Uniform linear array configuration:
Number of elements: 12
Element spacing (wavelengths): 1
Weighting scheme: kaiser
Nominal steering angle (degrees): -60
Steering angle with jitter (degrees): -60.255
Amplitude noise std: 0.05
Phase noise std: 0.05

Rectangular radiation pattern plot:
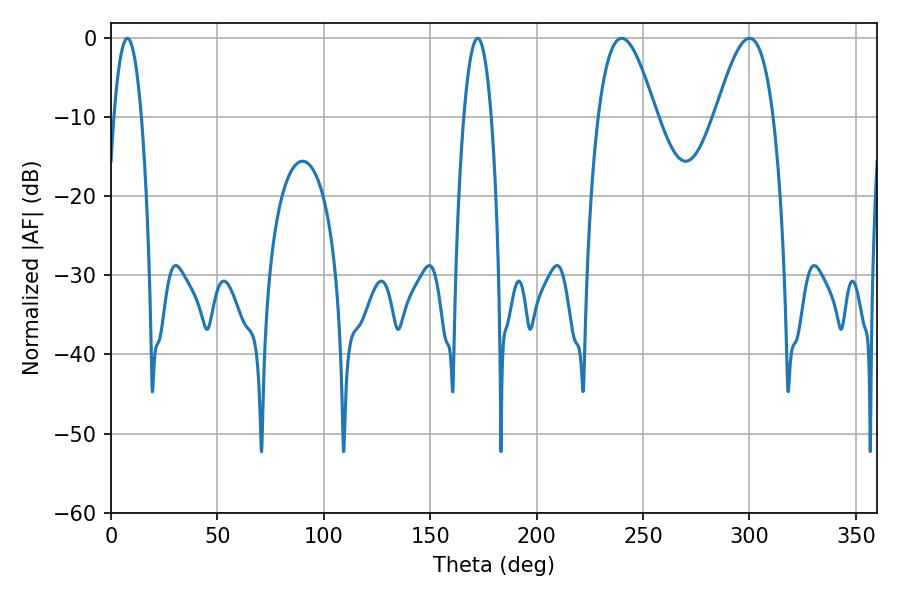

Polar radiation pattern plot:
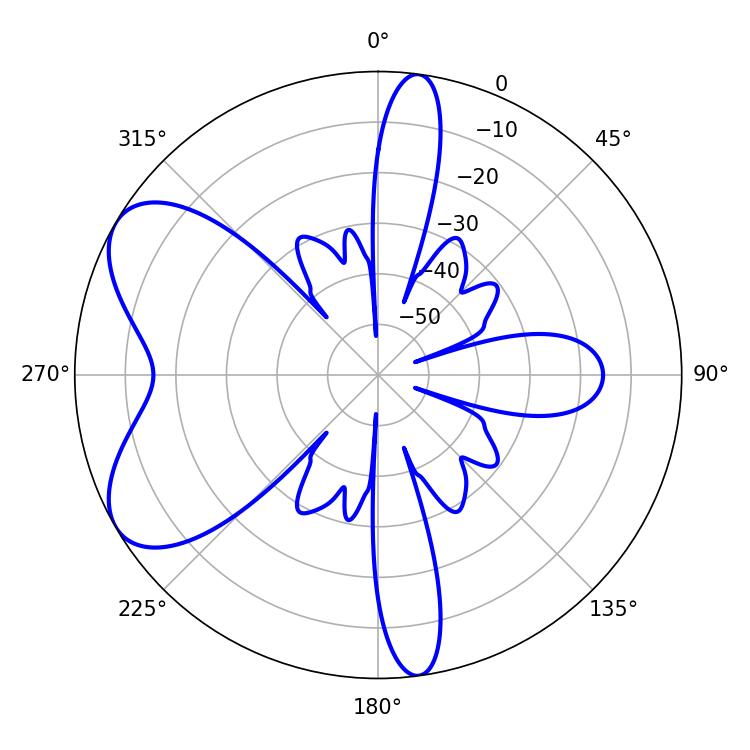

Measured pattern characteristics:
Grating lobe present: TRUE
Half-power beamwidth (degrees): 14.76
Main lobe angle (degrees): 239.94